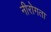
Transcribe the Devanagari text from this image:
नीरोगता